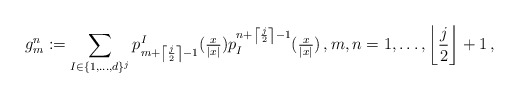
\begin{align*}g^n_m := \sum_{I\in\{1,\ldots,d\}^j} p^I_{m+\left\lceil\frac{j}{2}\right\rceil-1}(\tfrac{x}{|x|}) p^{n+\left\lceil\frac{j}{2}\right\rceil-1}_I(\tfrac{x}{|x|}) \,, m,n=1,\ldots,\left\lfloor\frac{j}{2}\right\rfloor+1 \,,\end{align*}